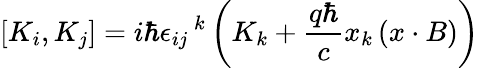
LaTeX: [K_{i},K_{j}]=i\hbar{\epsilon_{ij}}^{\, k}\left(K_{k}+{\frac{q\hbar}{c}}x_{k}\left(x\cdot B\right)\right)